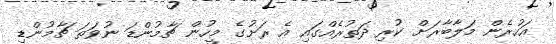
އަހުރެން މަލާބާރަށް ކުރި ދަތުރެއްގައި އެ ރަށުގެ މީހުން ޗާމުންޑަ ނުވަތަ ޗާމުންޑި